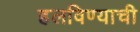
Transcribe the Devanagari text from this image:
हलविण्याची